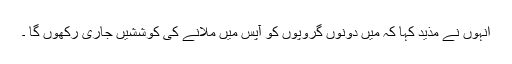
اُنہوں نے مذید کہا کہ میں دونوں گروپوں کو آپس میں ملانے کی کوششیں جاری رکھوں گا ۔